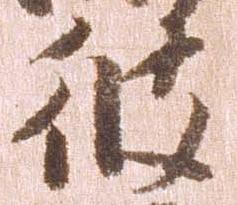
彼